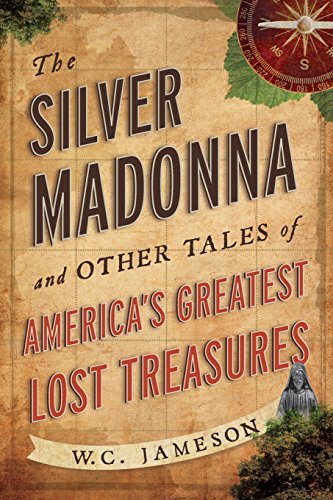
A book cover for The Silver Madonna and Other Tales of America's Greatest Lost Treasures; W.C. Jameson; Humor & Entertainment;